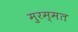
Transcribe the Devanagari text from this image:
मुरम्मत